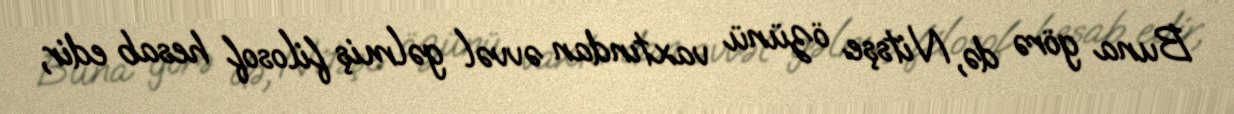
Buna görə də, Nitsşe özünü vaxtından əvvəl gəlmiş filosof hesab edir,